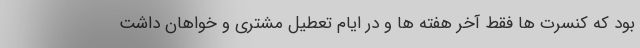
بود که کنسرت ها فقط آخر هفته ها و در ایام تعطیل مشتری و خواهان داشت